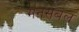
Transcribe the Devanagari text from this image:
मनसबल